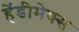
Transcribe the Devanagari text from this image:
हेंडीमेक्स